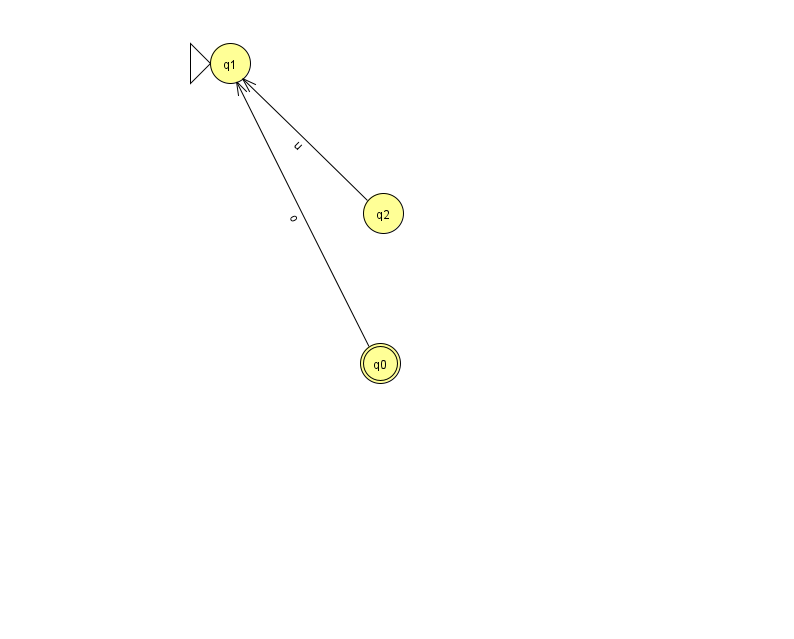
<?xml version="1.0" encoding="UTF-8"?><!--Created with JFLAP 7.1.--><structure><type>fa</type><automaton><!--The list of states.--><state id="0" name="q0"><x>380.0</x><y>350.0</y><final/></state><state id="1" name="q1"><x>230.0</x><y>50.0</y><initial/></state><state id="2" name="q2"><x>383.0</x><y>200.0</y></state><!--The list of transitions.--><transition><from>2</from><to>1</to><read>u</read></transition><transition><from>0</from><to>1</to><read>o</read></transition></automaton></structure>